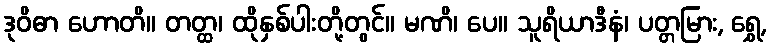
ဒုဝိဓာ ဟောတိ။ တတ္ထ၊ ထိုနှစ်ပါးတို့တွင်။ မဏိ၊ ပေ။ သူရိယာဒီနံ၊ ပတ္တမြား, ရွှေ,